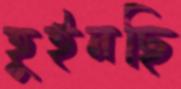
হুইনছি